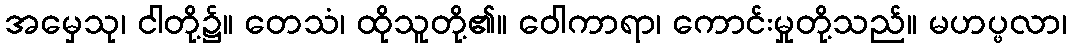
အမှေသု၊ ငါတို့၌။ တေသံ၊ ထိုသူတို့၏။ ဝေါကာရာ၊ ကောင်းမှုတို့သည်။ မဟပ္ဖလာ၊